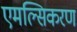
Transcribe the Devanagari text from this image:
एमल्सिकरण